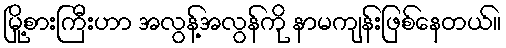
မြို့စားကြီးဟာ အလွန့်အလွန်ကို နာမကျန်းဖြစ်နေတယ်။